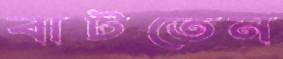
বাটতেন